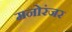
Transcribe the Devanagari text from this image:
मनोरंजर